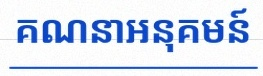
គណនាអនុគមន៍